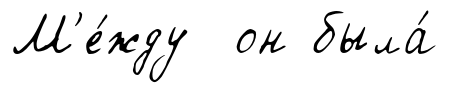
М'е́жду он была́